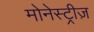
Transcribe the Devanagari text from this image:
मोनेस्ट्रीज़